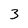
Character: 3